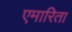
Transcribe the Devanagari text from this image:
एमारिता